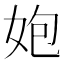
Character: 㚿